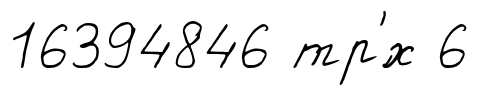
16394846 тр'́х 6